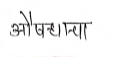
मजकूर: औषधाचा